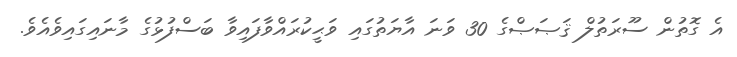
އެ ގޮތުން ސޫރަތުލް ޤަޞަޞްގެ 30 ވަނަ އާޔަތުގައި ވަޙީކުރައްވާފައިވާ ބަސްފުޅުގެ މާނައިގައިވެއެވެ.